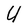
Character: U